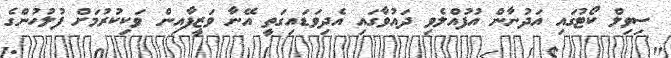
ސިވިލް ކޯޓުގައި އަދުނާން އުފުއްލެވި ދައުވާގައި އެދިވަޑައިގަތީ އޭނާ ވަޒީފާއިން ވަކިކުރުމަށް ފުލުހުންގެ